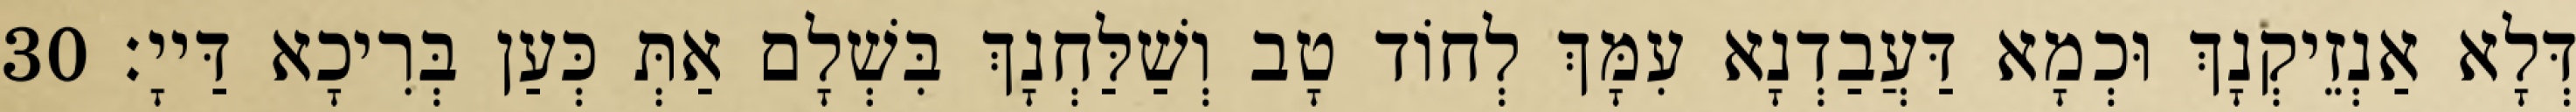
דְּלָא אַנְזֵיקְנָךְ וּכְמָא דַּעֲבַדְנָא עִמָּךְ לְחוֹד טָב וְשַׁלַּחְנָךְ בִּשְׁלָם אַתְּ כְּעַן בְּרִיכָא דַּייָ׃ 30